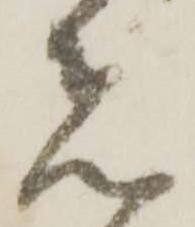
者